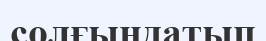
солғындатып